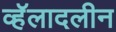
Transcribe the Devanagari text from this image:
व्हॅलादलीन